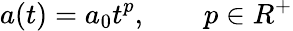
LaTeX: a(t)=a_{0}t^{p},\qquad p\in R^{+}